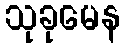
သုခုမေန